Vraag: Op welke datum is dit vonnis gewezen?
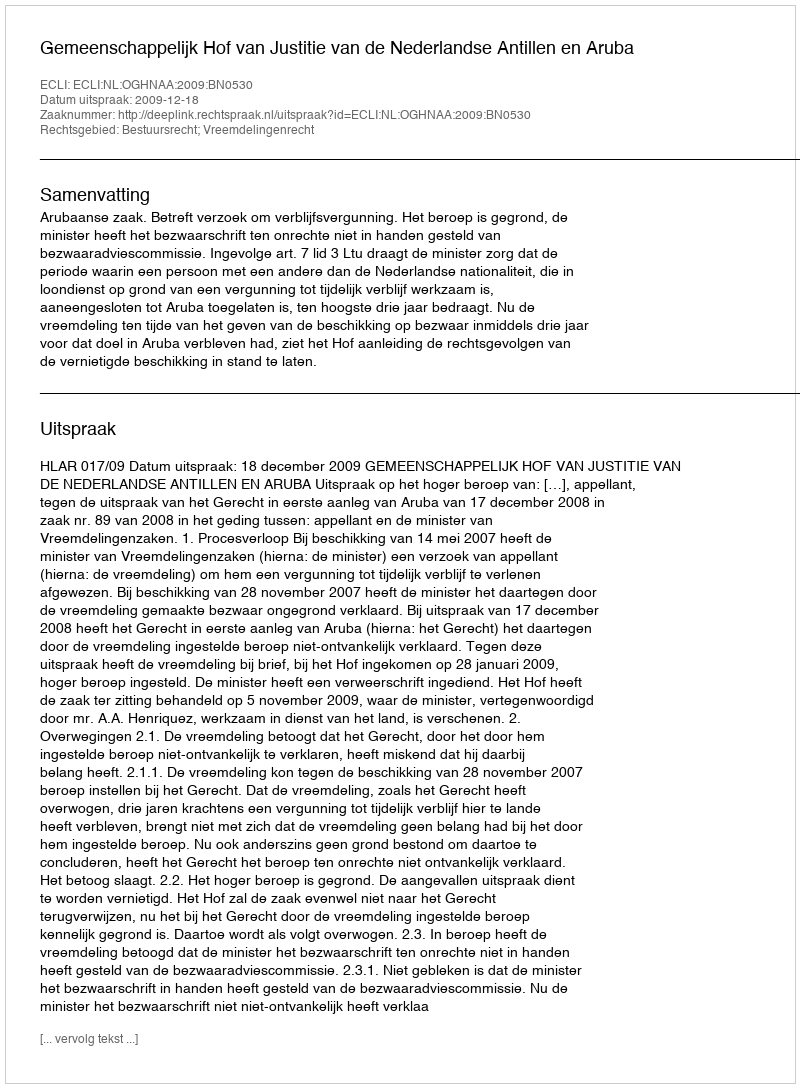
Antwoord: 2009-12-18